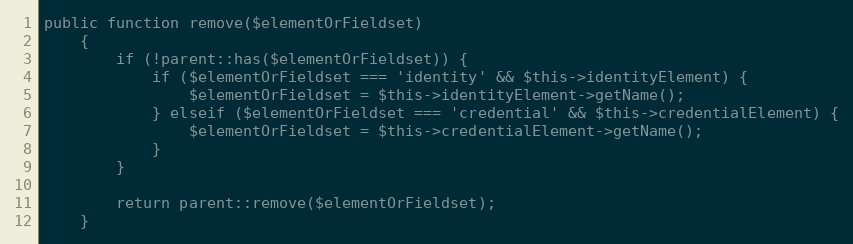
Language: PHP
public function remove($elementOrFieldset)
    {
        if (!parent::has($elementOrFieldset)) {
            if ($elementOrFieldset === 'identity' && $this->identityElement) {
                $elementOrFieldset = $this->identityElement->getName();
            } elseif ($elementOrFieldset === 'credential' && $this->credentialElement) {
                $elementOrFieldset = $this->credentialElement->getName();
            }
        }

        return parent::remove($elementOrFieldset);
    }